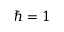
\hbar = 1